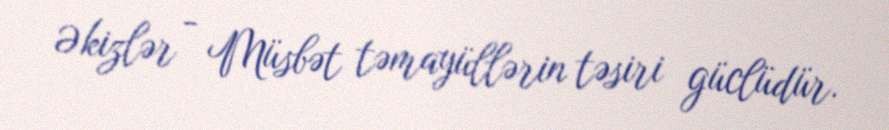
Əkizlər - Müsbət təmayüllərin təsiri güclüdür.